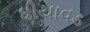
ધીયાવડ